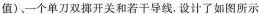
值)、一个单刀双挪开关和若干导线，设计了如图所示